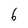
Character: 6